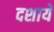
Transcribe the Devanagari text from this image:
दशाये